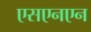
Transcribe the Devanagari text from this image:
एसएनएन